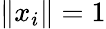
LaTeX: \| x_{i}\| =1